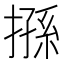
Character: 搎